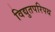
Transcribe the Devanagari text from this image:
विद्युतपरिपथ